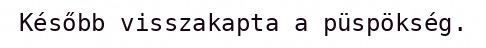
Később visszakapta a püspökség.